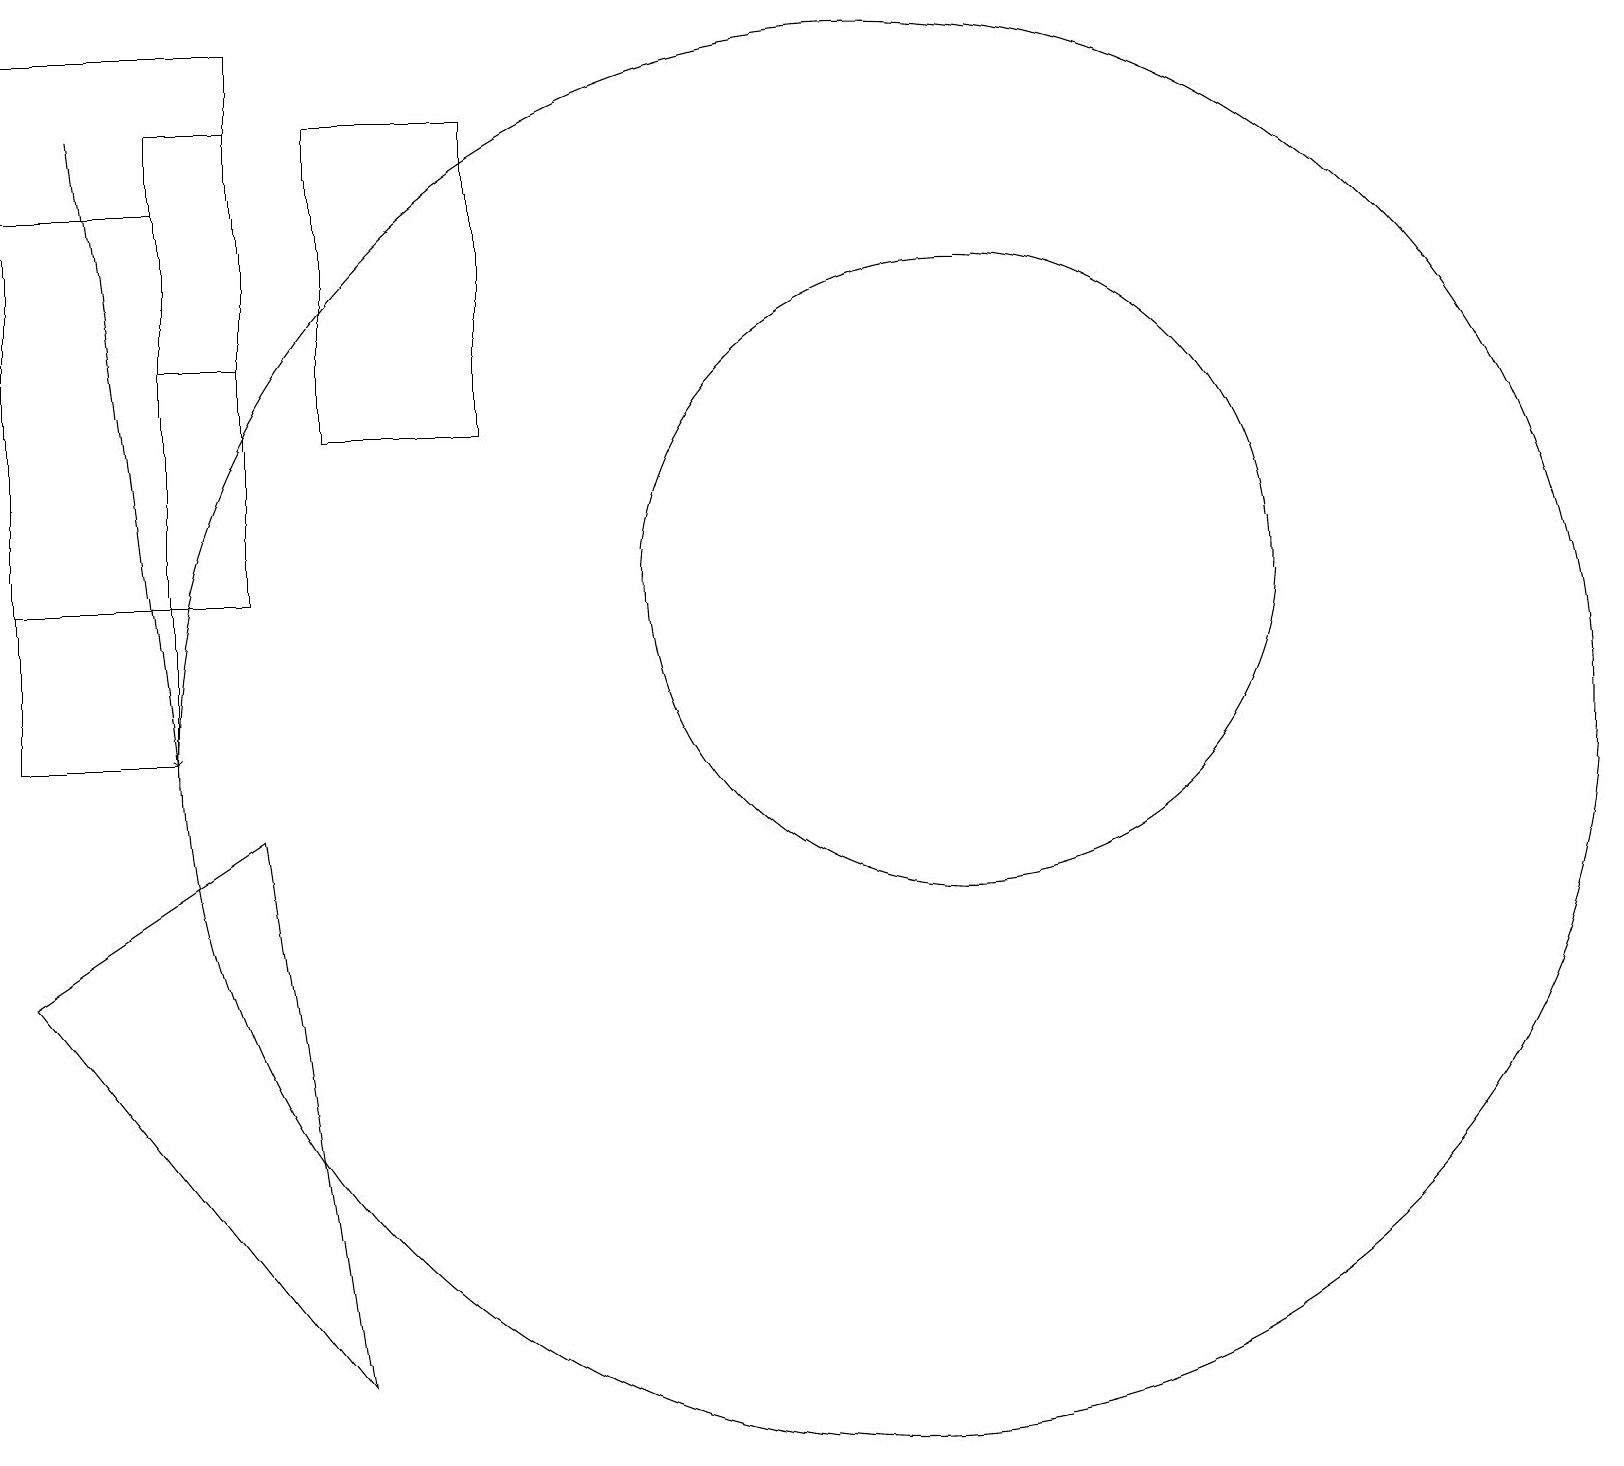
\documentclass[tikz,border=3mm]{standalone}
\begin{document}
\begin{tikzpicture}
\draw (3,9) -- (0,7) -- (4,2) -- cycle;
\draw (11,10) circle (9);
\draw (12,12) circle (4);
\draw (3,18) rectangle (2,15);
\draw (4,14) rectangle (6,18);
\draw[->] (1,18) -- (2,10);
\draw (0,10) rectangle (2,17);
\draw (0,19) rectangle (3,12);
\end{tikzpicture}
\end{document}